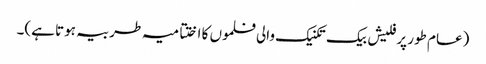
(عام طور پر فلیش بیک تکنیک والی فلموں کا اختتامیہ طربیہ ہوتا ہے)۔